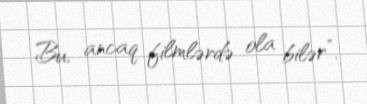
Bu, ancaq filmlərdə ola bilər”.